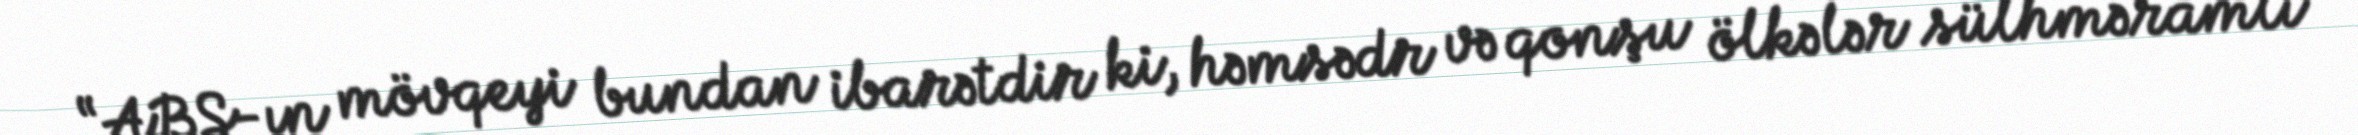
“ABŞ-ın mövqeyi bundan ibarətdir ki, həmsədr və qonşu ölkələr sülhməramlı